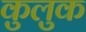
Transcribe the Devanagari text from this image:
कुलुक